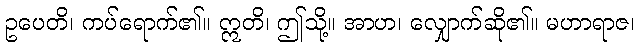
ဥပေတိ၊ ကပ်ရောက်၏။ ဣတိ၊ ဤသို့။ အာဟ၊ လျှောက်ဆို၏။ မဟာရာဇ၊